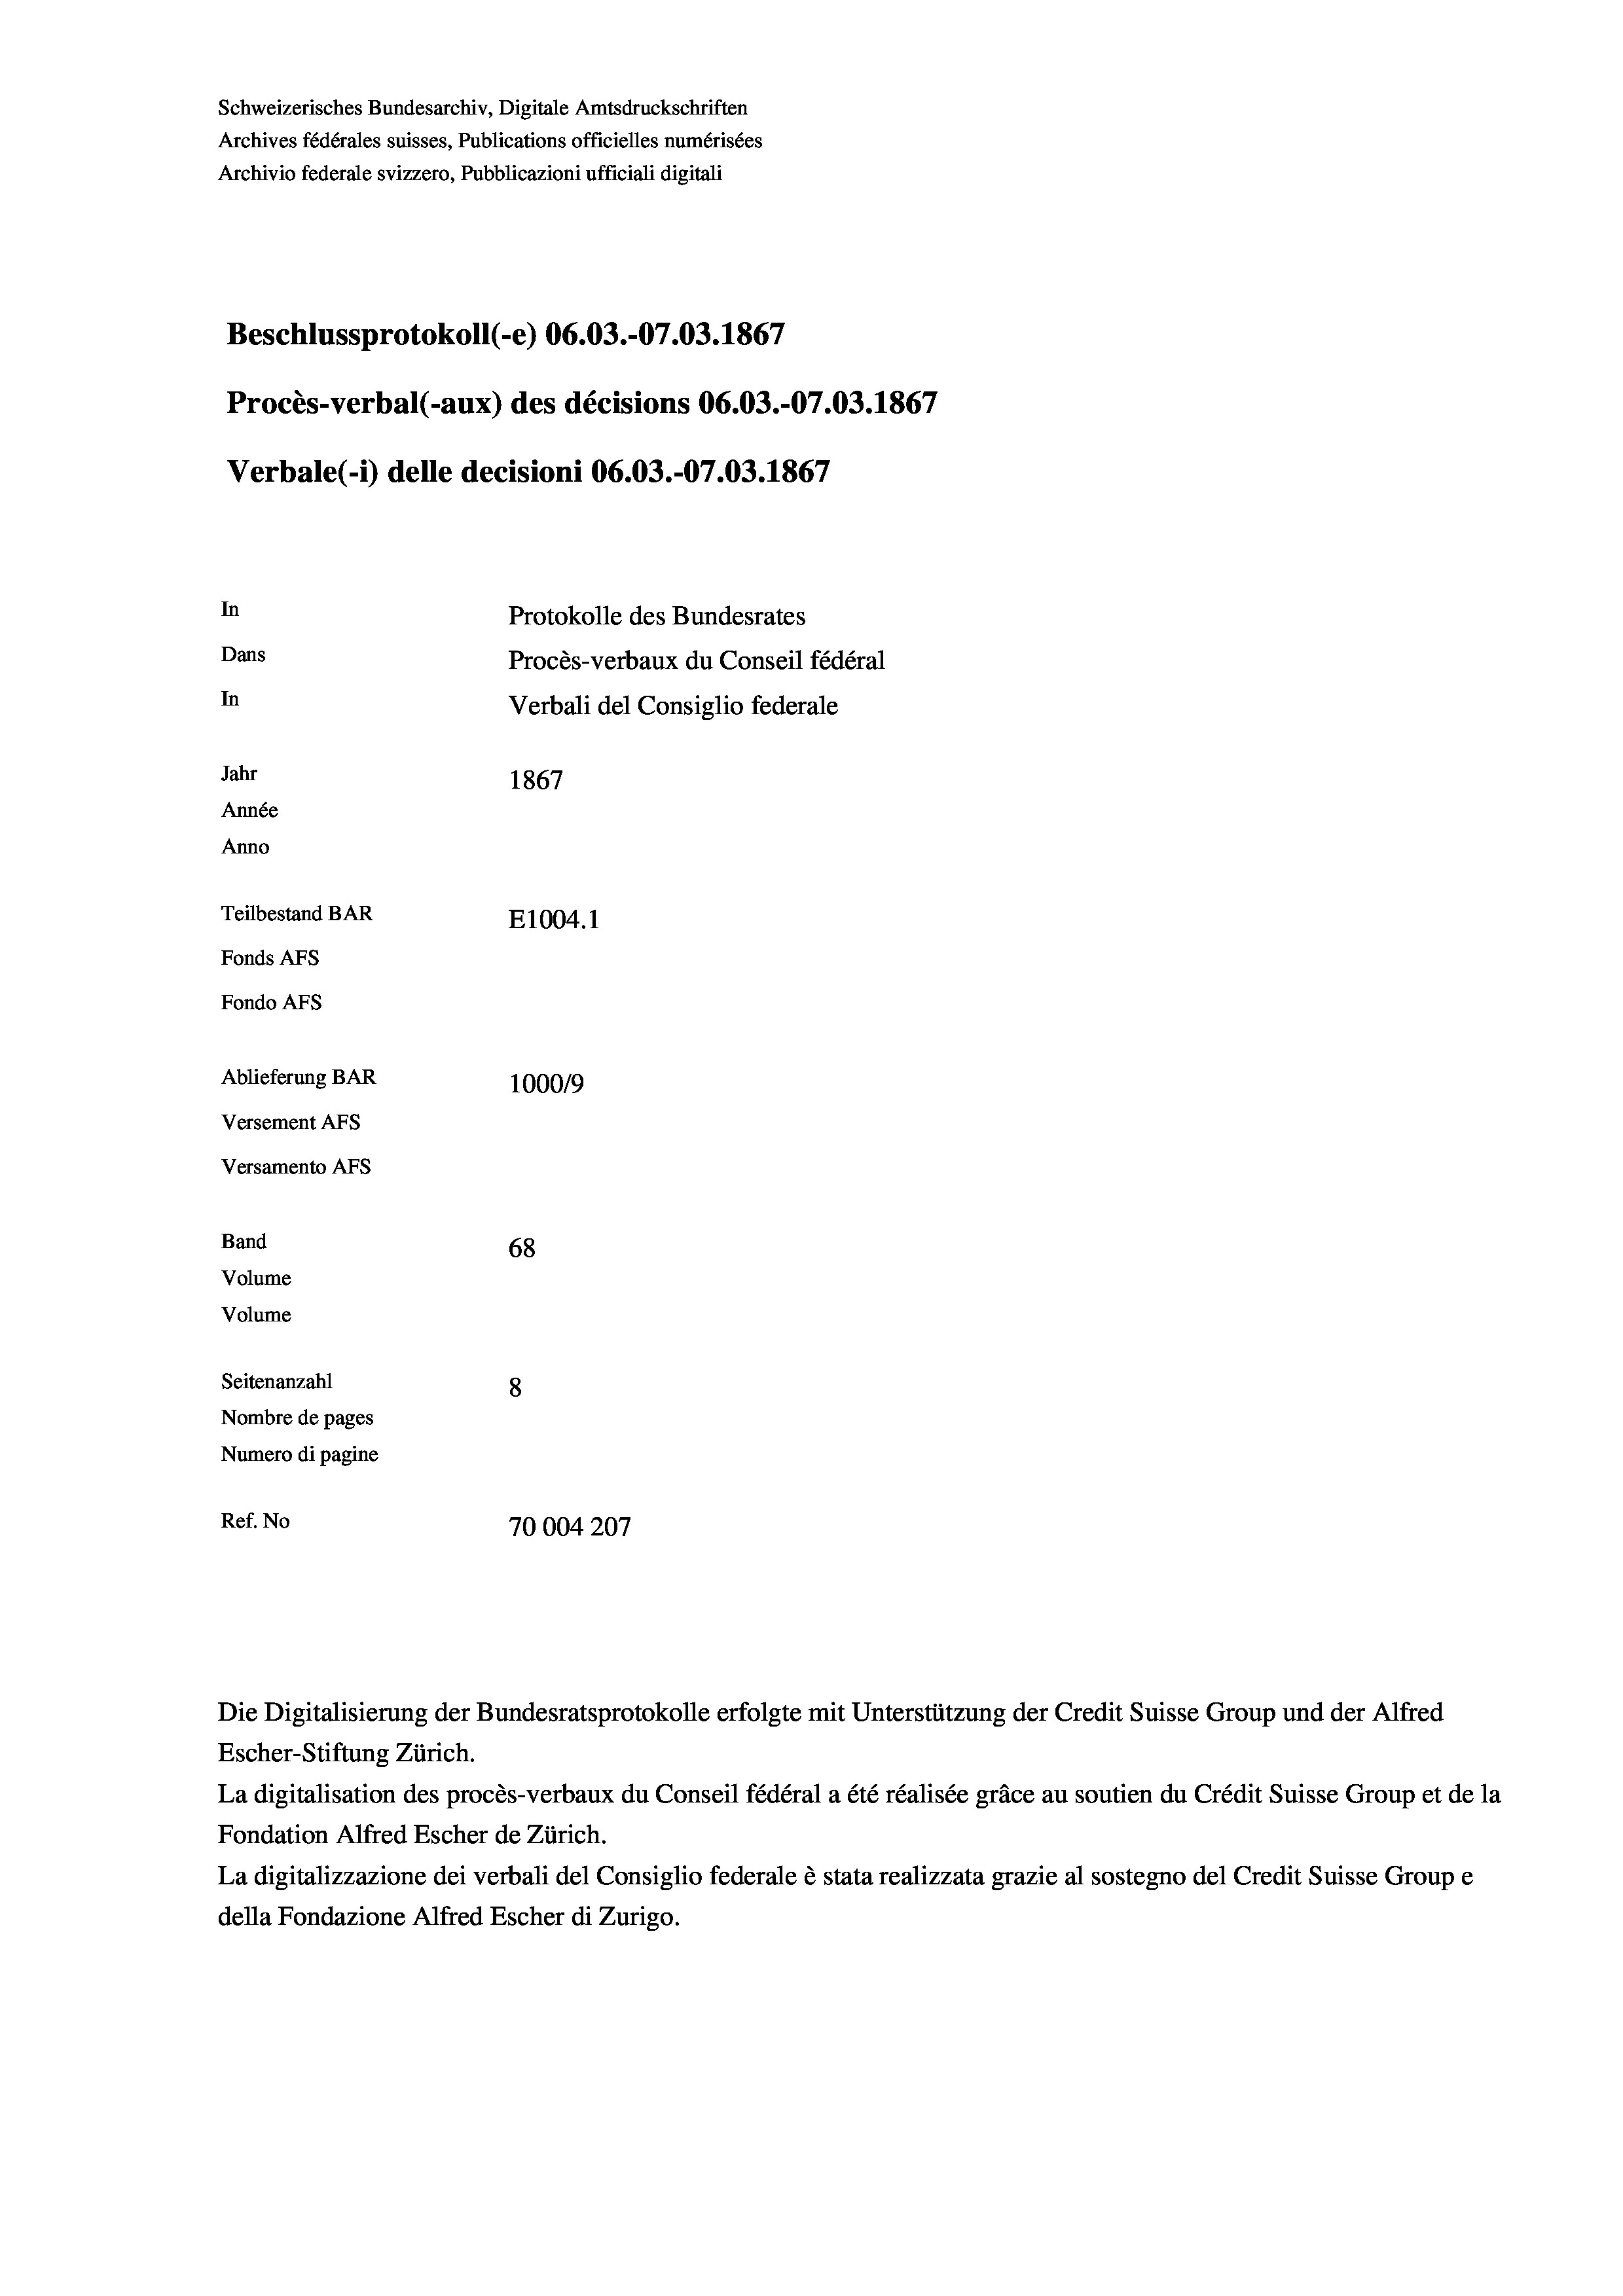
Schweizerisches Bundesarchiv, Digitale Amtsdruckschriften
Archives fédérales suisses, Publications officielles numérisées
Archivio federale svizzero, Pubblicazioni ufficiali digitali
867
Beschlussprotokoll (-e) 06.03.-07.03. 1867
Procès-verbal (-aux) des décisions 06.03.-07.03. 1867
Verbale (i) delle decisioni 06.03.-07.03. 1867
In
Protokolle des Bundesrates
Dans
Procès-verbaux du Conseil fédéral
In
Verbali del Consiglio federale
Jahr
1867
Année
Anno
Teilbestand BAR
E1004.1
Fonds AFs
Fondo AFS
Ablieferung BAR
100019
Versement AFs
Versamento AFs

68
Seitenanzahl
8
Nombre de pages
Numero di pagine
Ref. No
70004207

Band
Volume
Volume

La digitalisation des procès-verbaux du Conseil fédéral a été réalisée gräce au soutien du Crédit Suisse Group et de la
Fondation Alfred Escher de Zürich.
La digitalizzazione dei verbali del Consiglio federale è stata realizzata grazie al sostegno del Credit Suisse Groupe
della Fondazione Alfred Escher di Zurigo.

Die Digitalisierung der Bundesratsprotokolle erfolgte mit Unterstützung der Credit Suisse Group und der Alfred
Escher-Stiftung Zürich.